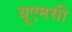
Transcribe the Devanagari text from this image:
यूएमसी